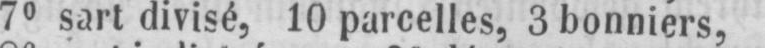
7° sart divisé, 10 parcelles, 3 bonnier,